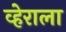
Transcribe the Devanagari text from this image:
व्हेराला